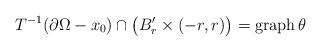
LaTeX: \begin{align*}T^{-1}(\partial \Omega-x_0)\cap \big(B_r'\times(-r,r)\big)={\rm graph}\,\theta\end{align*}